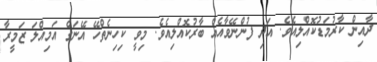
ދާއިން ކާރުމަޑުކޮއްލިއެވެ. އަދި ފުންނޭވާއެއް ބާރުކޮއްލިއެވެ. މިވީ ކިހިނެތްހޭ އޭނަގެ އަމިއްލަ ޒަމީރާ